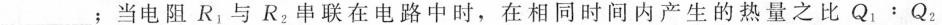
___;当电阻R_{1}与R_{2}串联在电路中时，在相同时间内产生的热量之比$$Q_{1}：Q_{2}$$